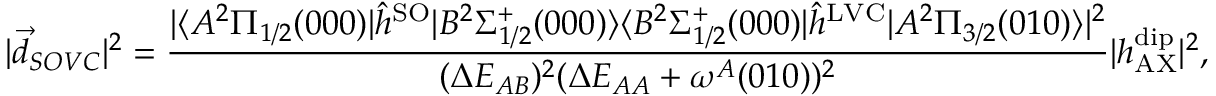
| \Vec { d } _ { S O V C } | ^ { 2 } = \frac { | \langle A ^ { 2 } \Pi _ { 1 / 2 } ( 0 0 0 ) | \hat { h } ^ { \mathrm { S O } } | B ^ { 2 } \Sigma _ { 1 / 2 } ^ { + } ( 0 0 0 ) \rangle \langle B ^ { 2 } \Sigma _ { 1 / 2 } ^ { + } ( 0 0 0 ) | \hat { h } ^ { \mathrm { L V C } } | A ^ { 2 } \Pi _ { 3 / 2 } ( 0 1 0 ) \rangle | ^ { 2 } } { ( \Delta E _ { A B } ) ^ { 2 } ( \Delta E _ { A A } + \omega ^ { A } ( 0 1 0 ) ) ^ { 2 } } | h _ { \mathrm { A X } } ^ { \mathrm { d i p } } | ^ { 2 } ,